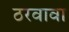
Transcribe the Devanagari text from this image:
ठरवावा